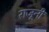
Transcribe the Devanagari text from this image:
राजूनी